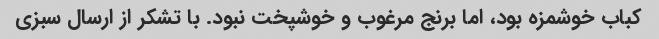
کباب خوشمزه بود، اما برنج مرغوب و خوشپخت نبود. با تشکر از ارسال سبزی